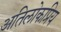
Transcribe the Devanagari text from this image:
अतिलोकप्रिय